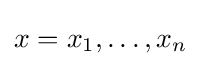
x=x_{1},\dots ,x_{n}